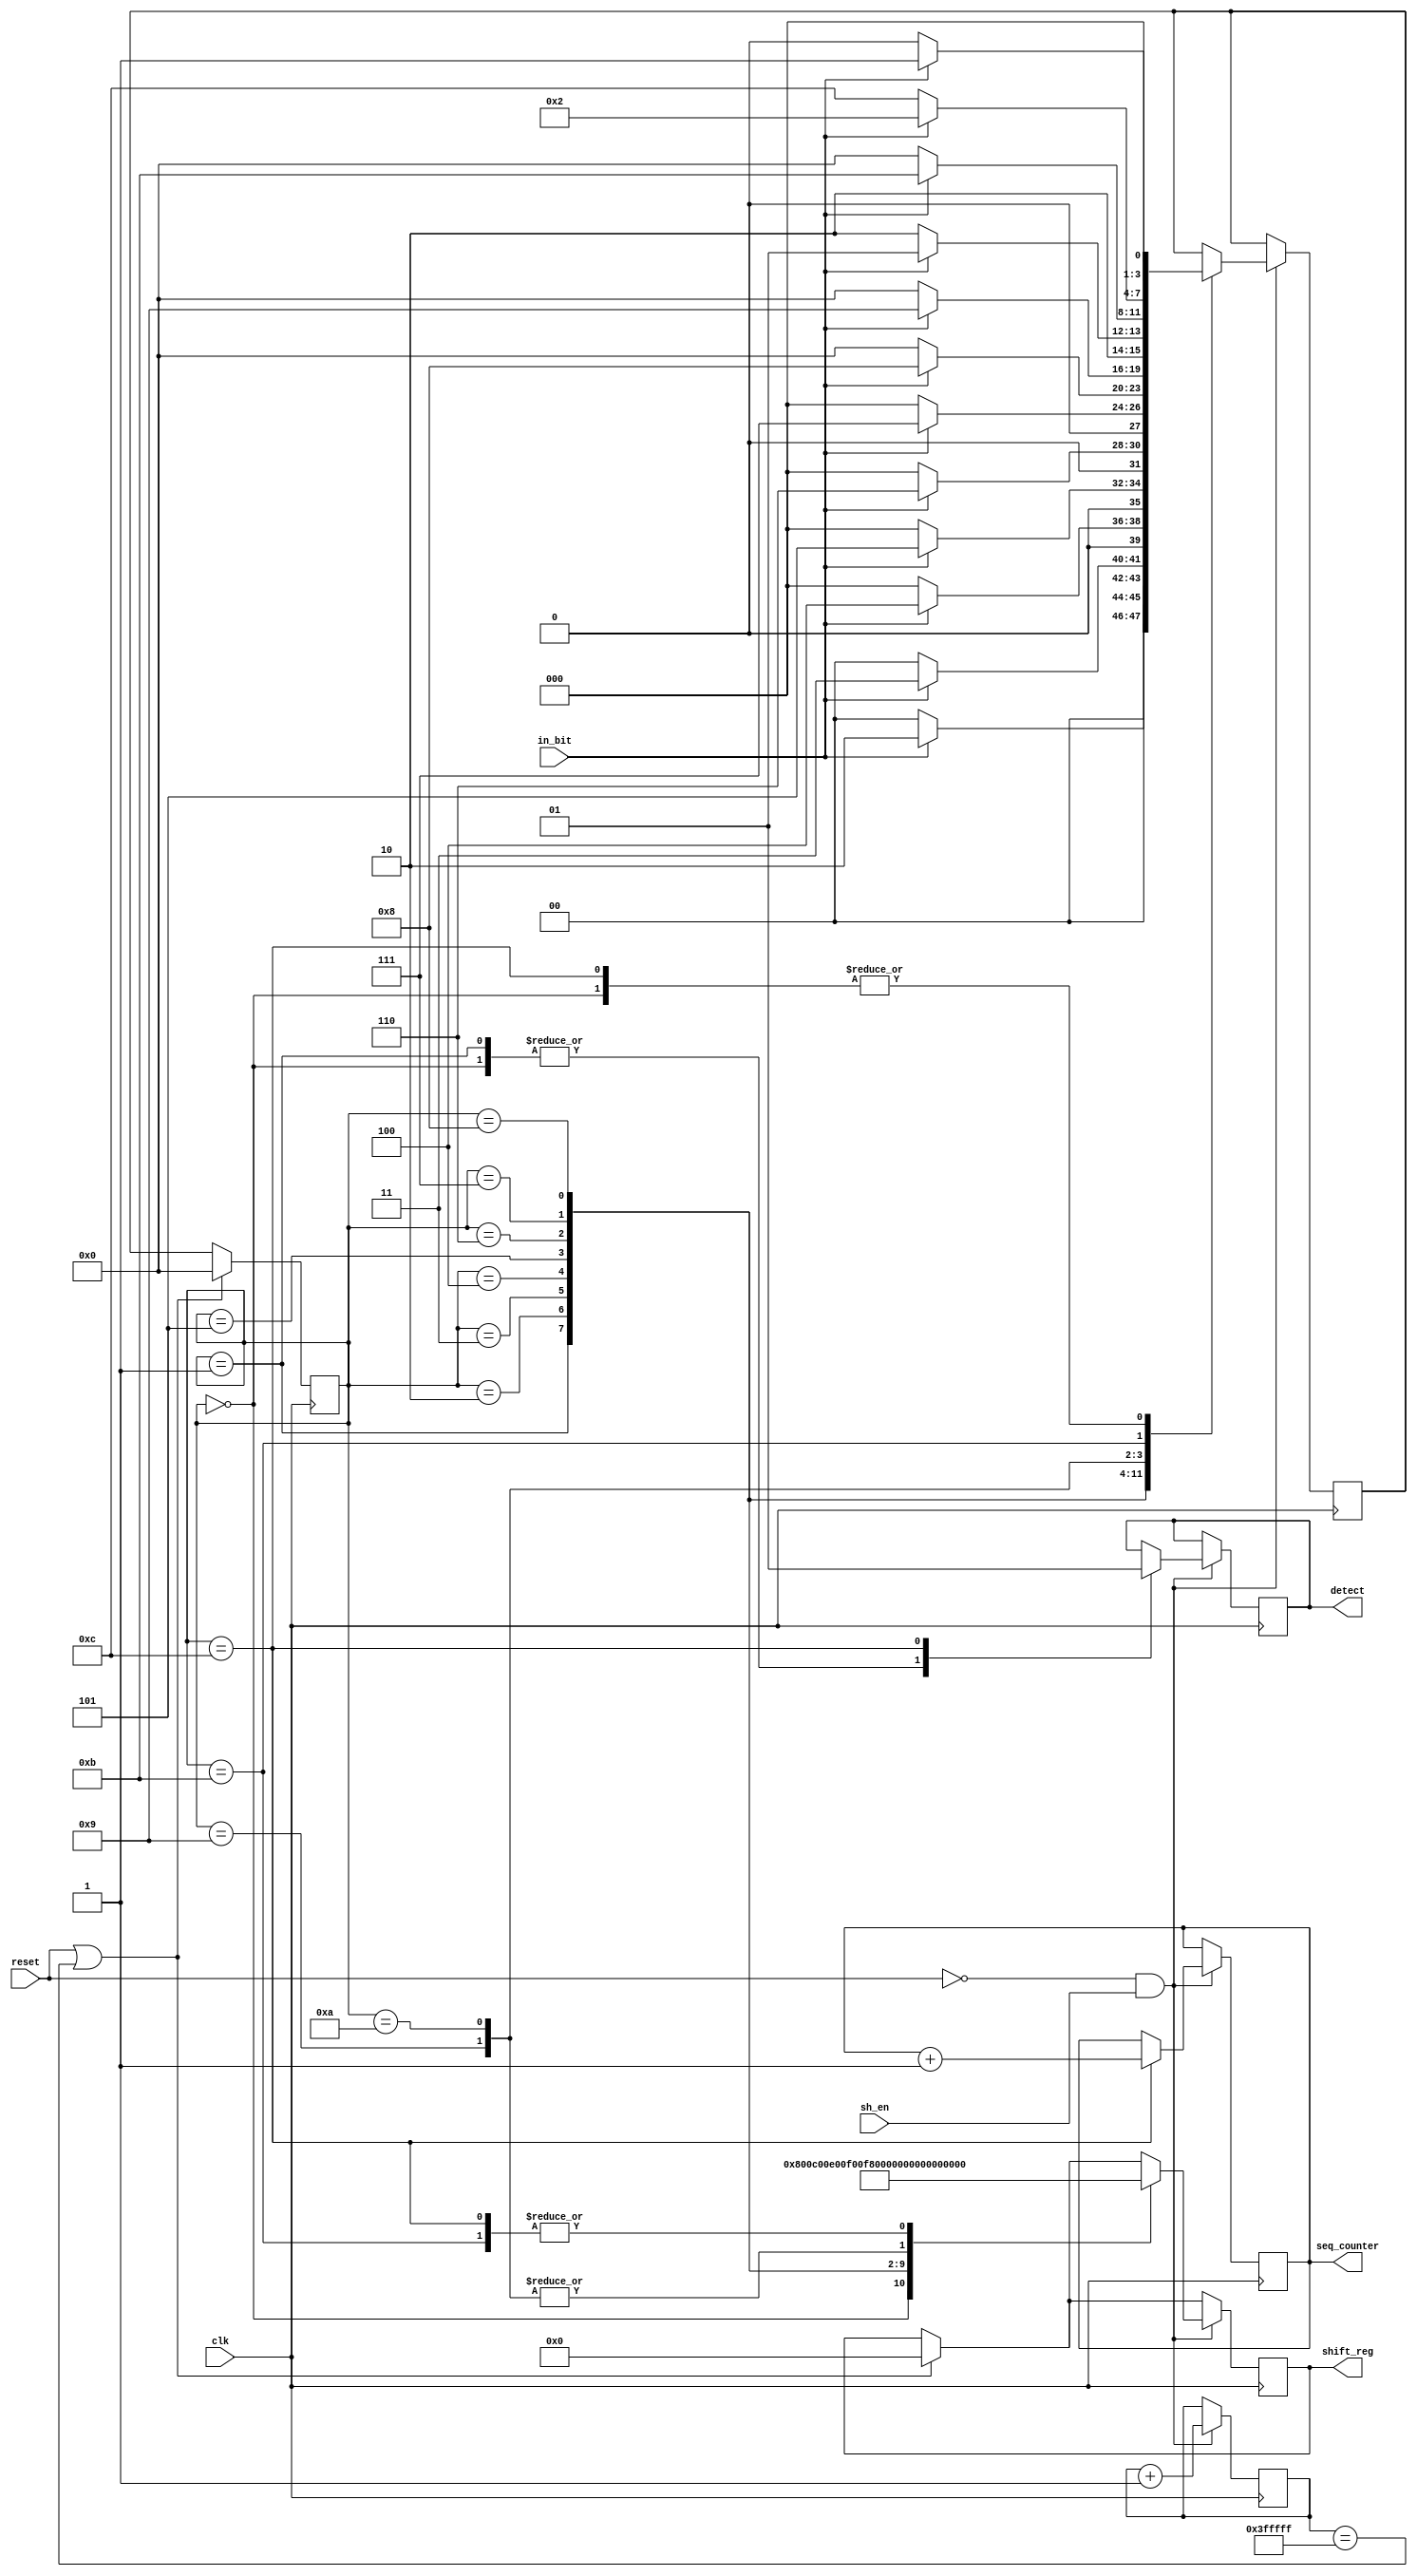
`timescale 1ns / 1ps

module Pattern_Detector(
input  in_bit,
input  clk,
input  reset,
input sh_en,
output reg[11:0] seq_counter, // keeps count of the specific sequence occurrences
output reg detect, // Outputs high when we've detected our pattern
output reg [11:0] shift_reg // Purely for showing on the LEDS where we are in the state machine
    );

 // Define states
   reg [3:0] current_state, next_state;
   reg[21:0] cycle_count;
   
   
   // We don't use this anywhere, it's just for reference
   localparam code = 12'b111111111010;

// State encoding
   localparam IDLE = 4'b0000;
   localparam S1 = 4'b0001;
   localparam S2 = 4'b0010;
   localparam S3 = 4'b0011;
   localparam S4 = 4'b0100;
   localparam S5 = 4'b0101;
   localparam S6 = 4'b0110;
   localparam S7 = 4'b0111;
   localparam S8 = 4'b1000;
   localparam S9 = 4'b1001;
   localparam S10 = 4'b1010;
   localparam S11 = 4'b1011;
   
   localparam DETECTED = 4'b1100;


    // Initialize
    initial begin
        shift_reg <= 0;
        seq_counter <= 0;
        detect <= 0;
        cycle_count <= 0;
    end

    // State transition logic
    // Synchronous reset
    always @(posedge clk) begin
    
    if(reset || cycle_count == 4194303) begin // Re initialise upon looping in the LSFR or the reset signal going HIGH
            current_state <= IDLE;
           
            seq_counter  <= 0;
            shift_reg <= 0;
        end else begin
            current_state <= next_state;
        end
    if(~reset && sh_en) // Otherwise check if shifting is enabled. Enter the FSM.
    begin
        case (current_state)
            IDLE: begin
                next_state = in_bit ? S1 : IDLE;
                shift_reg <= 12'b000000000000;
                detect <= 0;
            end
            S1: begin
                next_state = in_bit ? S2 : IDLE;
                shift_reg <= 12'b100000000000;
                detect <= 0;
            end
            S2: begin
                next_state = in_bit ? S3 : IDLE;
                 shift_reg <= 12'b110000000000;
            end
            S3: begin
                next_state = in_bit ? S4 : IDLE;
                 shift_reg <= 12'b111000000000;
            end
            S4: begin
                next_state = in_bit ? S5 : IDLE;
                 shift_reg <= 12'b111100000000;
            end
            S5: begin
                next_state = in_bit ? S6 : IDLE;
                shift_reg <= 12'b111110000000;
            end
            S6: begin
                next_state = in_bit ? S7 : IDLE;
                 shift_reg <= 12'b111111000000;
            end
            S7: begin
                next_state = in_bit ? S8 : IDLE;
                 shift_reg <= 12'b111111100000;
            end
            S8: begin
                next_state = in_bit ? S9 : IDLE;
                 shift_reg <= 12'b111111110000;
            end
            S9: begin 
                // Very important, the one of three states that transitions to something other than IDLE
                // Detect, or S1. The pattern can still be found as we will still have a string of only ones.
                next_state = in_bit ? S9 : S10; 
                 shift_reg <= 12'b111111111000;
            end
            S10: begin
                next_state = in_bit ? S11 : IDLE;
                 shift_reg <= 12'b111111111000;
            end
            S11: begin
                next_state = in_bit ? S2 : DETECTED; // Sneaky, I forgot this transition to S2 and I missed 1 out of 1024 patterns
                 shift_reg <= 12'b111111111010;
            end
            DETECTED: begin // The state which sets our output high and increments our counter
                next_state = in_bit ? S1 : IDLE;
                 shift_reg <= 12'b111111111010;
                 detect <= 1;
                 seq_counter = seq_counter + 1;
            end
        endcase
        cycle_count = cycle_count + 1; // To keep count when to reset
    end
   end

    // Shift register and sequence counter updates
    // Output determined by state alone (Moore)
 
    

    
   

endmodule